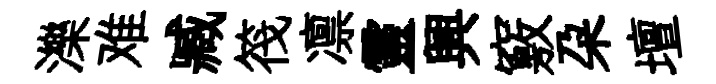
濼难臧筏凛靈興竅朶壇